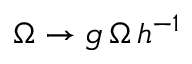
\Omega \rightarrow g \, \Omega \, h ^ { - 1 }